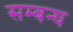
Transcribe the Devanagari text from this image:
सम्बन्घ